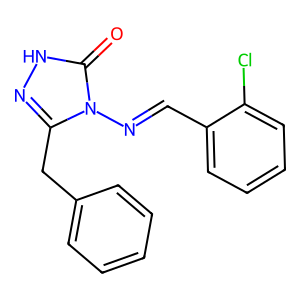
SMILES: O=c1[nH]nc(Cc2ccccc2)n1N=Cc1ccccc1Cl
Inhibits HIV replication: No